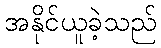
အနိုင်ယူခဲ့သည်